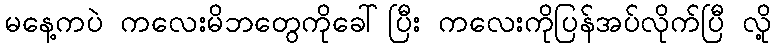
မနေ့ကပဲ ကလေးမိဘတွေကိုခေါ်ပြီး ကလေးကိုပြန်အပ်လိုက်ပြီ လို့